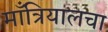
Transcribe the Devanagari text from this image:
माँत्रियालचा